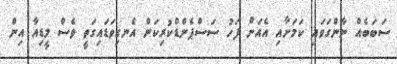
ސަބަބެއް ނާންގަވައި ކަމަށާއި އެއަށް ފަހު ސަސްޕެންޑްކުރިކަން އެނގިވަޑައިގަތީ ވެސް މީޑިއާ އިން